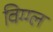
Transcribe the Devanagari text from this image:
विग्ग्ल